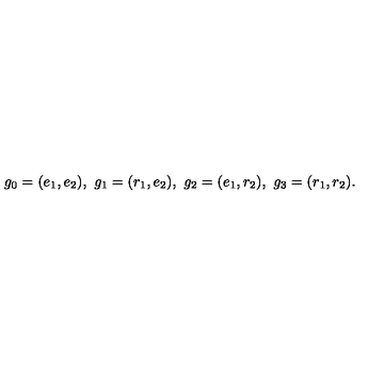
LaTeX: g _ { 0 } = ( e _ { 1 } , e _ { 2 } ) , \ g _ { 1 } = ( r _ { 1 } , e _ { 2 } ) , \ g _ { 2 } = ( e _ { 1 } , r _ { 2 } ) , \ g _ { 3 } = ( r _ { 1 } , r _ { 2 } ) .